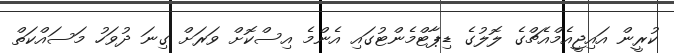
ކުރީން އައިޖީއެމްއެޗްގެ ލޮލުގެ ޑިޕާޓްމެންޓުގައި އެންމެ އިސްކޮށް ވަރަށް ގިނަ ދުވަހު މަސައްކަތް